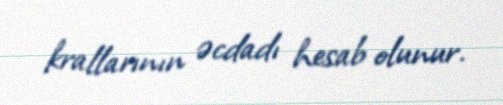
krallarının əcdadı hesab olunur.